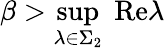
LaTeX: \beta>\operatorname*{sup}_{\lambda\in\Sigma_{2}}\; \mathrm{Re}\lambda